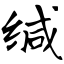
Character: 缄